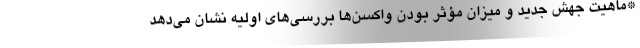
*ماهیت جهش جدید و میزان مؤثر بودن واکسن‌ها بررسی‌های اولیه نشان می‌دهد